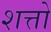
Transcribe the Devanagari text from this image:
शत्तो